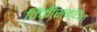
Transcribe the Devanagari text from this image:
विक्रीसंबंधित